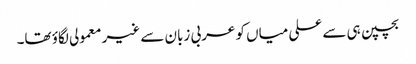
بچپن ہی سے علی میاں کو عربی زبان سے غیر معمولی لگاؤ تھا۔